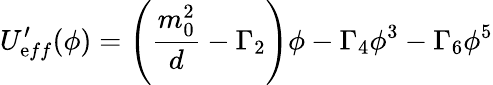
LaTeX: U_{\mathrm{e}ff}^{\prime}(\phi)=\left(\frac{{m_{0}^{2}}}{{d}}-\Gamma_{2}\right)\phi-\Gamma_{4}\phi^{3}-\Gamma_{6}\phi^{5}